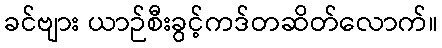
ခင်ဗျား ယာဉ်စီးခွင့်ကဒ်တဆိတ်လောက်။